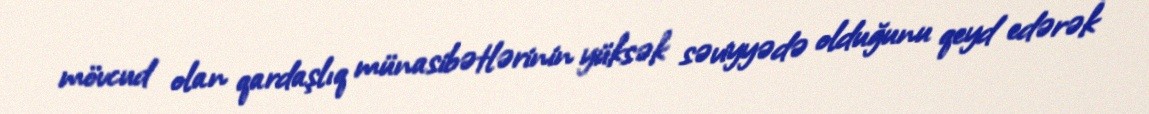
mövcud olan qardaşlıq münasibətlərinin yüksək səviyyədə olduğunu qeyd edərək